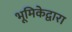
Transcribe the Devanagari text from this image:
भूमिकेद्वारा